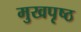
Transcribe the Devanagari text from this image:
मुखपृष्‍ठ